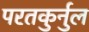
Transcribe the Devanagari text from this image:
परतकुर्नुल